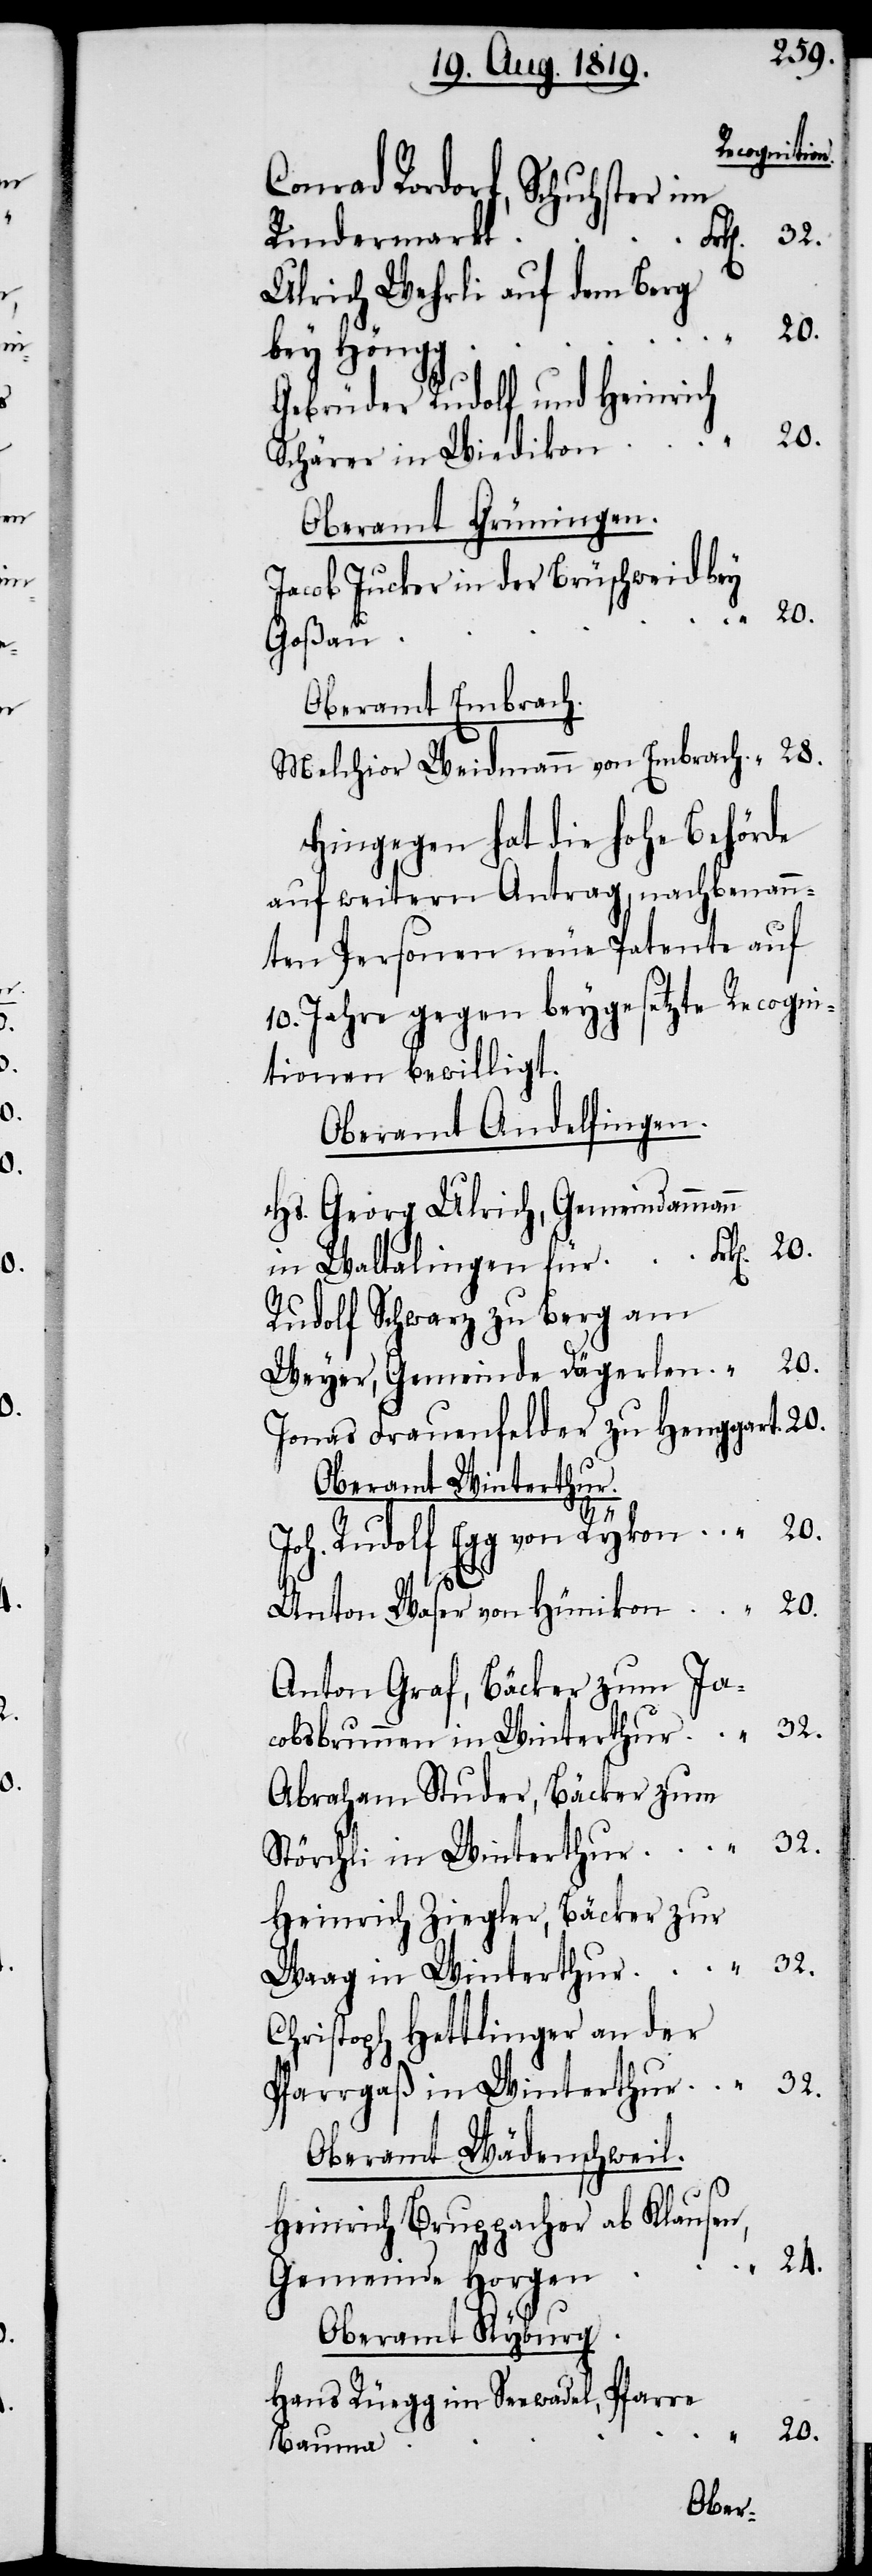
Conrad Rordorf, Schuhster im
Rindermarkt
Ulrich Wehrli auf dem Berg
bey Höngg
Gebrüder Rudolf und Heinrich
28.
Schärer in Wiedikon
Oberamt Grüningen.
Jacob Jucker in der Brüschweid bey
Goßau
Oberamt Embrach.
Melchior Weidmann von Embrach
Hingegen hat die hohe Behörde
auf weitern Antrag, nachbenan¬
nten Personen neue Patente auf
10. Jahre gegen beygesetzte Recogni¬
tionen bewilligt.
Oberamt Andelfingen.
Hs. Georg Ulrich, Gemeindamman¬
in Waltalingen für
Rudolf Schwarz zu Berg am
20.
Weyer, Gemeinde Dägerlen
Jonas Frauenfelder zu Henggart
Oberamt Winterthur.
32.
Joh. Rudolf Egg von Rykon
Anton Waser von Hünikon
Anton Graf, Bäcker zum Ja¬
cobsbrunnen in Winterthur
Abraham Studer, Bäcker zum
Störchli in Winterthur
Heinrich Ziegler, Bäcker zur
Waag in Winterthur
Christoph Hettlinger an der
Pfarrgaß in Winterthur
Oberamt Wädenschweil.
Heinrich Bruppacher ab Klausen,
24.
n
Gemeinde Horgen
Oberamt Kyburg.
Hans Rüegg in Seewadel, Pfarre
Bauma